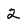
Character: 2